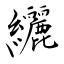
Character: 罄